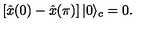
\left[ \hat { x } ( 0 ) - \hat { x } ( \pi ) \right] | 0 \rangle _ { c } = 0 .